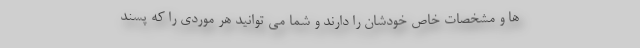
ها و مشخصات خاص خودشان را دارند و شما می توانید هر موردی را که پسند